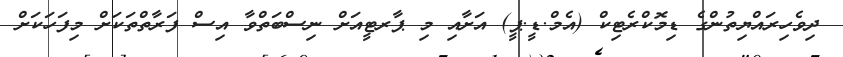
ދިވެހިރައްޔިތުންގެ ޑިމޮކްރެޓިކް (އެމް.ޑީ.ޕީ) އަށާއި މި ޕާރޓީއަށް ނިސްބަތްވާ އިސް ފަރާތްތަކަށް މިފަހަކަށް